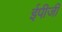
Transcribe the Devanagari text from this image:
ईपीजी